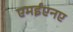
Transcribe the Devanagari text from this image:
एमईएनए